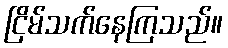
ငြိမ်သက်နေကြသည်။